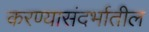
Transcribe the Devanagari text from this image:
करण्यासंदर्भातील